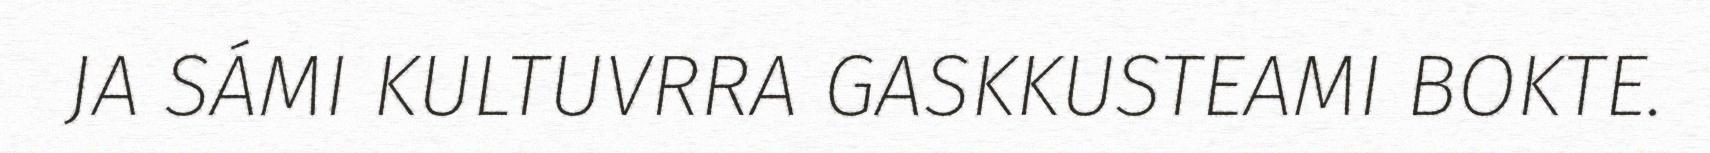
JA SÁMI KULTUVRRA GASKKUSTEAMI BOKTE.